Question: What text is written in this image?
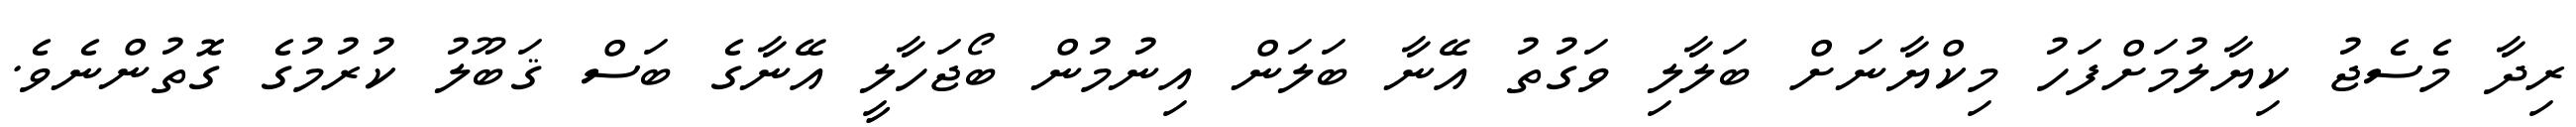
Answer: ރިދާ މެސެޖު ކިޔާލުމަށްފަހު މިކްޔާނަށް ބަލާލި ވަގުތު އޭނާ ބަލަން އިނުމުން ބޯޖަހާލީ އޭނާގެ ބަސް ޤަބޫލު ކުރުމުގެ ގޮތުންނެވެ.